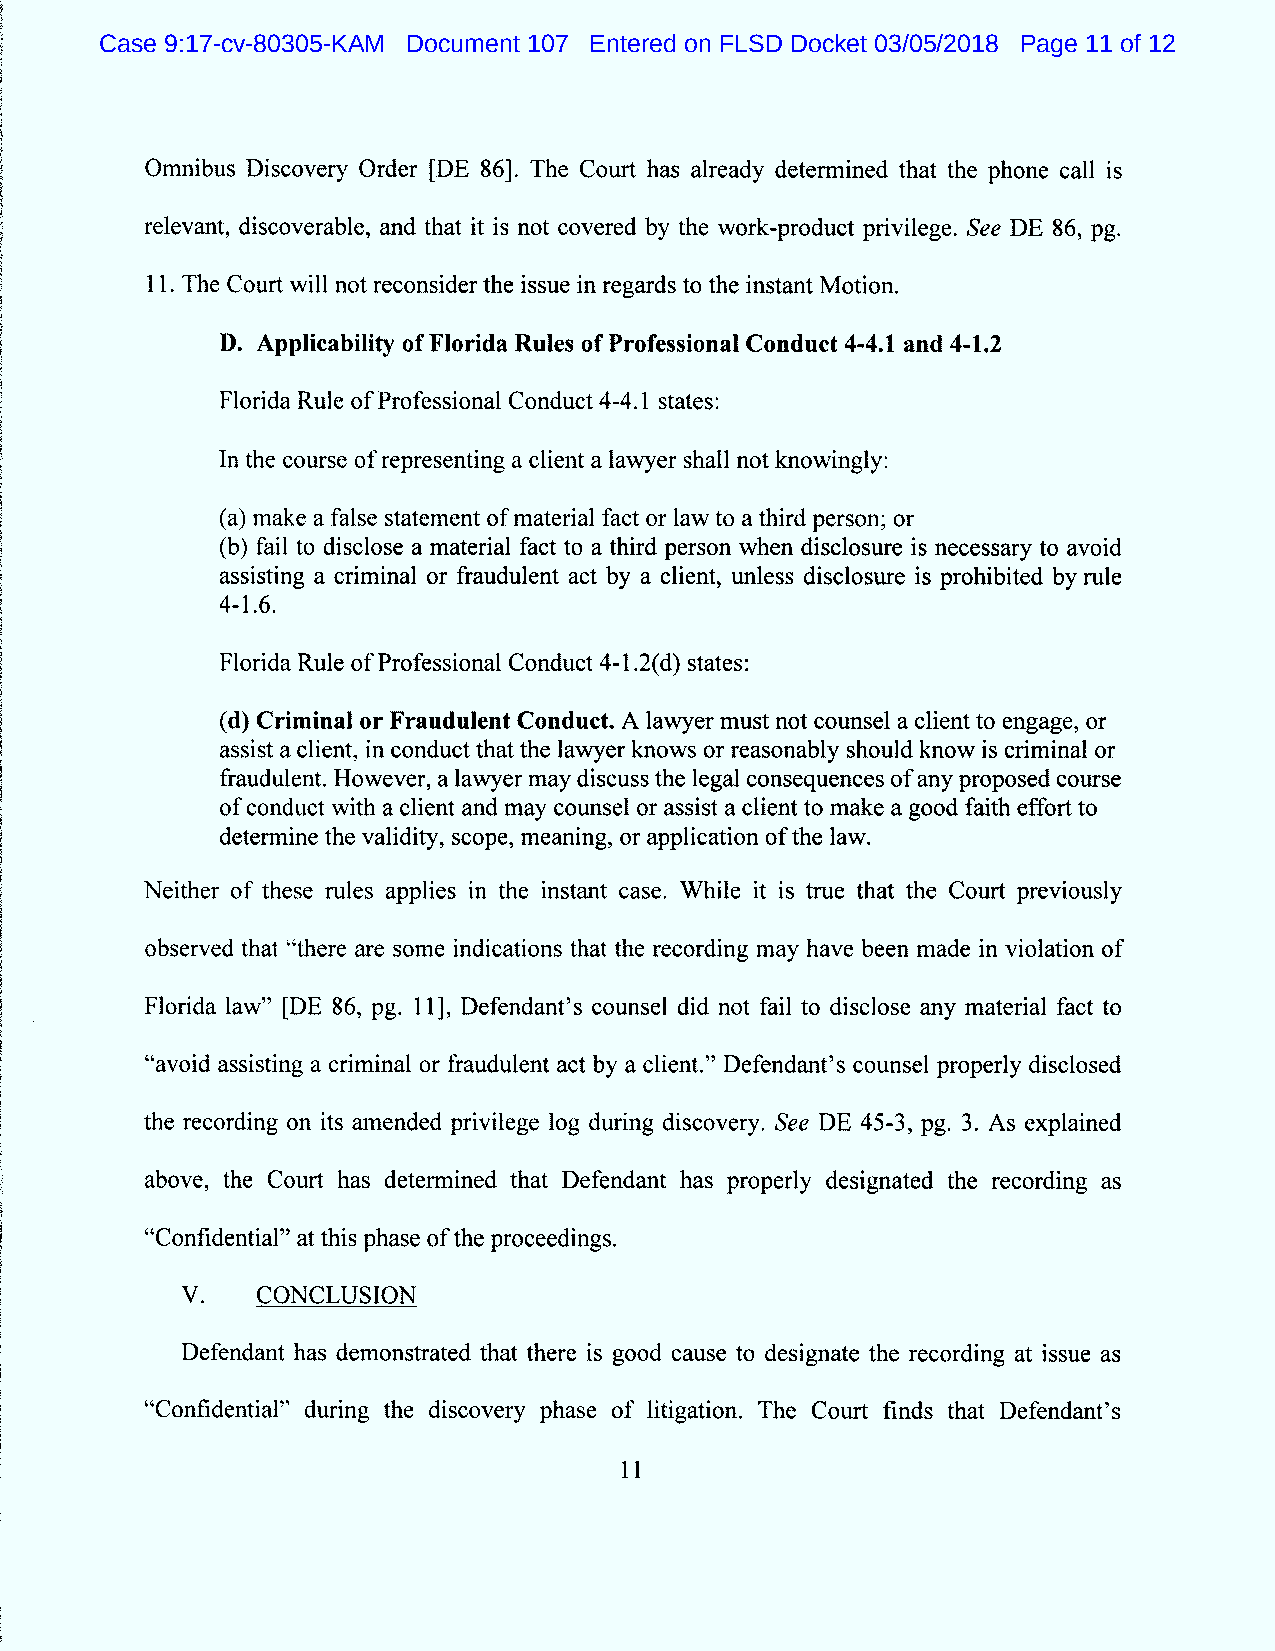
Case 9:17-cv-80305-KAM Document 107 Entered on FLSD Docket 03/05/2018 Page 11 of 12
 Omnibus Discovery Order (DE 861. The Court has already determined that the phone call is
 relevant, discoverable, and that it is not covered by the work-product privilege. See DE 86, pg.
 1 1. The Court will not reconsider the issue in regards to the instant M otion.
 D. Applicability of Florida Rules of Professional Conduct 4-4.1 and 4-1.2
 Florida Rule of Professional Conduct 4-4.1 states:
 ln the course of representing a client a lawyer shall not knowingly:
 (a) make a false statement of material fact or 1aw to a third person; or
 (b) fail to disclose a material fact to a third person when disclosure is necessary to avoid
 assisting a criminal or fraudulent act by a client, unless disclosure is prohibited by rule
 4-1.6.
 Florida Rule of Professional Conduct 4-1.2(d) states:
 (d) Criminal or Fraudulent Conduct. A lawyer must not cotmsel a client to engage, or
 assist a client, in conduct that the lawyer knows or reasonably should know is criminal or
 fraudulent. However, a lawyer may discuss the legal consequences ofany proposed cotlrse
 of conduct with a client and may counsel or assist a client to make a good faith effort to
 determine the validity, scope, meaning, or application of the law.
 Neither of these rules appliesin the instant case. W hile it is true that the Court previously
 observed that k'there are some indications that the recording may have been made in violation of
 Florida law'' (DE 86, pg. 1 1), Defendant's counsel did not fail to disclose any material fact to
 Ssavoid assisting a criminal or fraudulent act by a client.'' Defendant's counsel properly disclosed
 the recording on its amended privilege log during discovery. See DE 45-3, pg. 3. As explained
 above, the Court has determined that Defendant has properly designated the recording as
 Stconfidential'' at this phase of the proceedings.
 V.   CONCLUSION
 Defendant has demonstrated that there is good cause to designate the recording at issue as
 iiconidential'' during the discovery phase of litigation. The Court finds that Defendant's